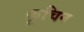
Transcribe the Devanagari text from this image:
कूचिन